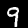
Digit: 9